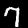
Label: 7